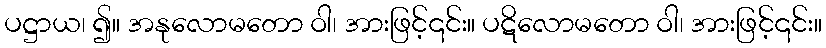
ပဋ္ဌာယ၊ ၍။ အနုလောမတော ဝါ၊ အားဖြင့်၎င်း။ ပဋိလောမတော ဝါ၊ အားဖြင့်၎င်း။